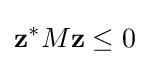
\mathbf {z} ^{*}M\mathbf {z} \leq 0